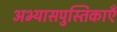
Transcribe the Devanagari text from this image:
अभ्यासपुस्तिकाएँ